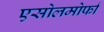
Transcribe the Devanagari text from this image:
एसोलमोर्फा